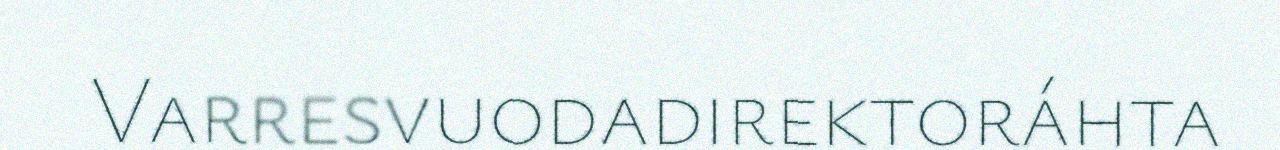
Varresvuodadirektoráhta